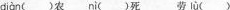
diàn ()农 nì ()死 劳 lù ()